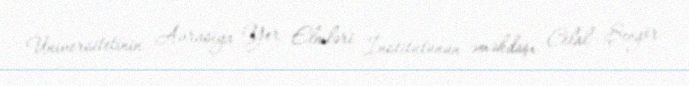
Universitetinin Avrasiya Yer Elmləri İnstitutunun əməkdaşı Celal Şengör